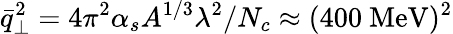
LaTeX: \bar{q}_{\perp}^{2}=4\pi^{2}\alpha_{s}A^{1/3}\lambda^{2}/N_{c}\approx(400\mathrm{~MeV})^{2}